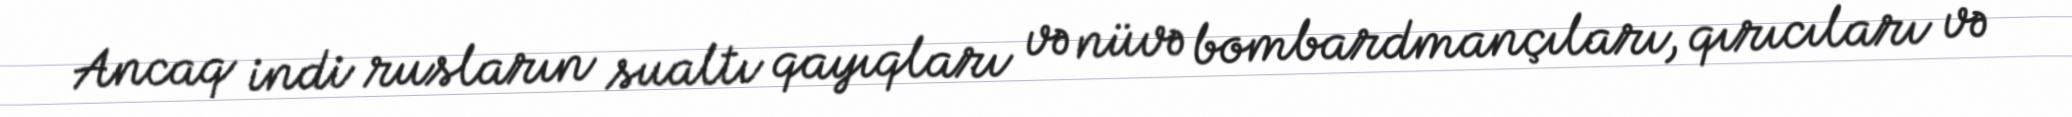
Ancaq indi rusların sualtı qayıqları və nüvə bombardmançıları, qırıcıları və